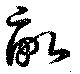
畆